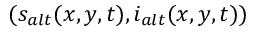
( s _ { a l t } ( x , y , t ) , i _ { a l t } ( x , y , t ) )